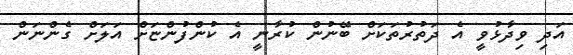
އަދި ވިދާޅުވީ އެ ދަތުރުތަކަށް ބޭނުން ކުރާނީ އެ ކުންފުންޏަށް އަލަށް ގެންނަން